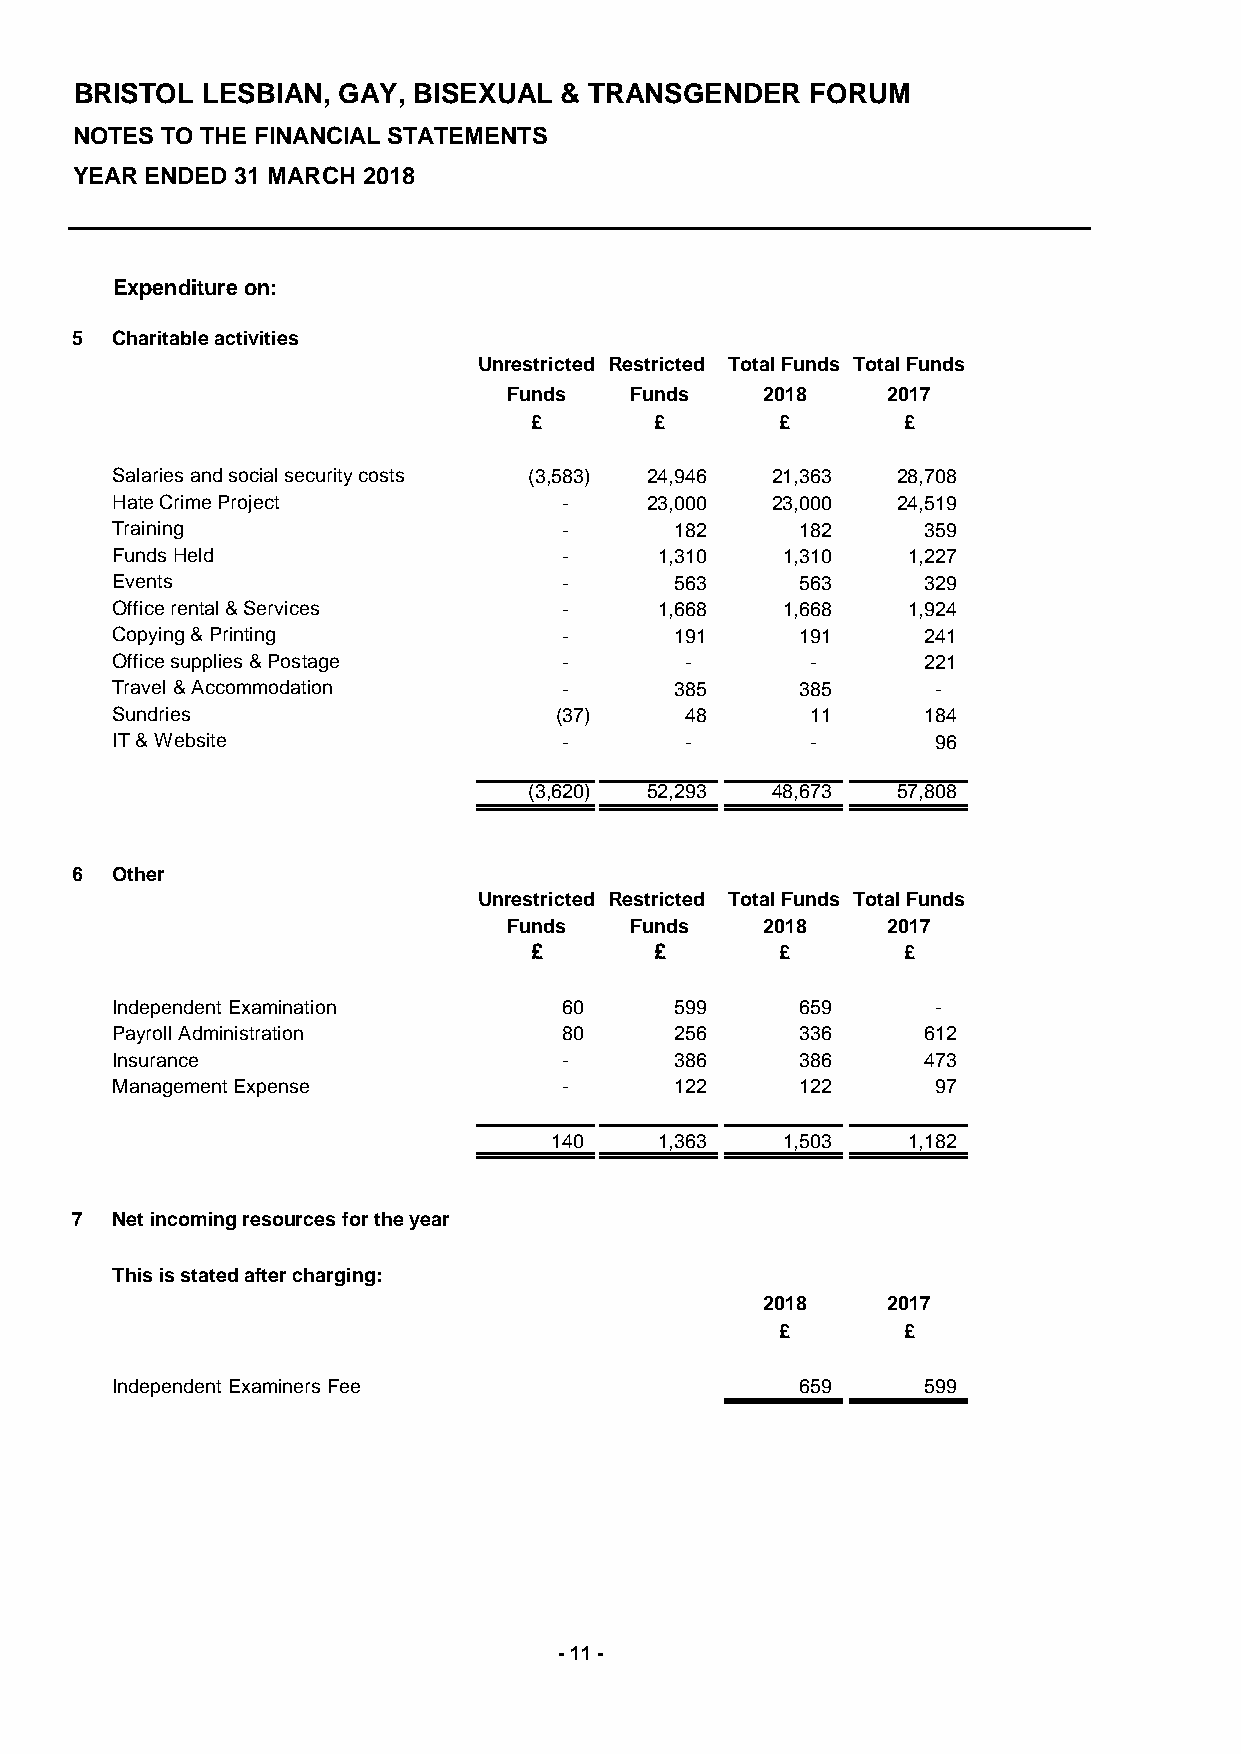
BRISTOL LESBIAN, GAY, BISEXUAL  & TRANSGENDER    FORUM
 NOTES TO THE FINANCIAL STATEMENTS
 YEAR ENDED 31 MARCH 2018
 Expenditure on:
 5 Charitable activities
 Unrestricted Restricted Total Funds Total Funds
 Funds   Funds   2018     2017
 £       £        £       £
 Salaries and social security costs (3,583) 24,946 21,363 28,708
 Hate Crime Project            -     23,000  23,000  24,519
 Training                      -       182     182     359
 Funds Held                    -      1,310   1,310   1,227
 Events                        -       563     563     329
 Office rental & Services      -      1,668   1,668   1,924
 Copying & Printing            -       191     191     241
 Office supplies & Postage     -       -        -      221
 Travel & Accommodation        -       385     385      -
 Sundries                      (37)    48       11     184
 IT & Website                  -       -        -       96
 (3,620) 52,293  48,673  57,808
 6 Other
 Unrestricted Restricted Total Funds Total Funds
 Funds   Funds   2018     2017
 £       £        £       £
 Independent Examination       60      599     659      -
 Payroll Administration        80      256     336     612
 Insurance                     -       386     386     473
 Management Expense            -       122     122      97
 140     1,363   1,503   1,182
 7 Net incoming resources for the year
 This is stated after charging:
 2018     2017
 £       £
 Independent Examiners Fee                     659     599
 - 11 -